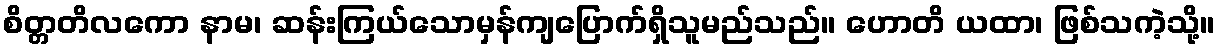
စိတ္တတိလကော နာမ၊ ဆန်းကြယ်သောမှန်ကျပြောက်ရှိသူမည်သည်။ ဟောတိ ယထာ၊ ဖြစ်သကဲ့သို့။